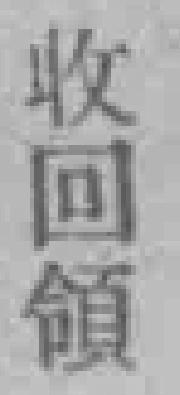
收回領